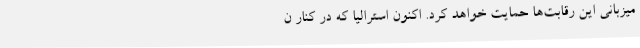
میزبانی این رقابت‌ها حمایت خواهد کرد. اکنون استرالیا که در کنار ن